Annual administration report of the Civil Veterinary Department of India - 1893-1894
Year: 1893
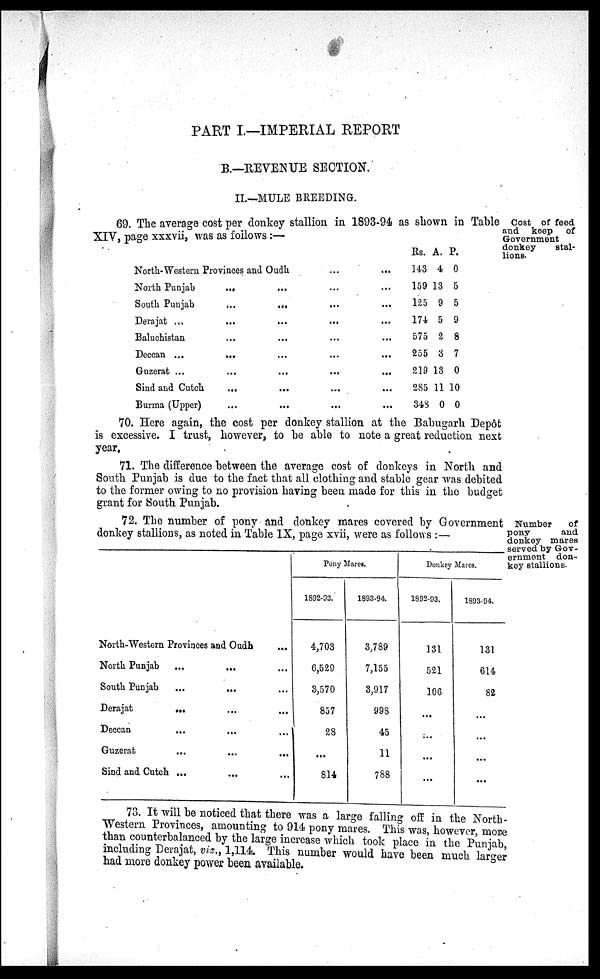
PART I.—IMPERIAL REPORT
B.—REVENUE SECTION.
II.—MULE BREEDING.
Cost of feed
and keep of
Government
donkey
stal-
lions.
69. The average cost per donkey stallion in 1893-94 as shown in Table
XIV, page xxxvii, was as follows:—
North-Western Provinces and Oudh
North Punjab
...
...
South Punjab
...
...
Derajat ... … ... …
Baluchistan … … ... …
Deccan ... ... … …
Guzerat ... … ... … …
Sind and Cutch … … ... …
Burma (Upper) … … ... …
Rs.
143
159
125
174
575
255
219
285
348
A.
4
13
9
5
2
3
13
11
0
P.
0
5
5
9
8
7
0
10
0
70. Here again, the cost per donkey stallion at the Babugarh Depôt
is excessive. I trust, however, to be able to note a great reduction next
year.
71. The difference between the average cost of donkeys in North and
South Punjab is due to the fact that all clothing and stable gear was debited
to the former owing to no provision having been made for this in the budget
grant for South Punjab.
Number
of
pony
and
donkey mares
served by Gov-
ernment don-
key stallions.
72. The number of pony and donkey mares covered by Government
donkey stallions, as noted in Table IX, page xvii, were as follows:—
North-Western Provinces and Oudh …
North Punjab
...
... …
South Punjab
...
... …
Derajat ... … …
Deccan
... … …
Guzerat … … …
Sind and Cutch ... … …
Pony Mares.
1892-93.
4,703
6,529
3,570
857
28
...
814
1893-94
3,789
7,155
3,917
998
45
11
788
Donkey Mares.
1892-93.
131
521
106
…
…
...
...
1893-94.
131
614
82
…
…
…
…
73. It will be noticed that there was a large falling off in the North-
-estern Provinces, amounting to 914 pony mares. This was, however, more
than counterbalanced by the large increase which took place in the Punjab,
including Derajat, viz., 1,114. This number would have been much larger
had more donkey power been available.